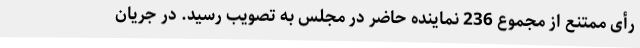
رأی ممتنع از مجموع 236 نماینده حاضر در مجلس به تصویب رسید. در جریان